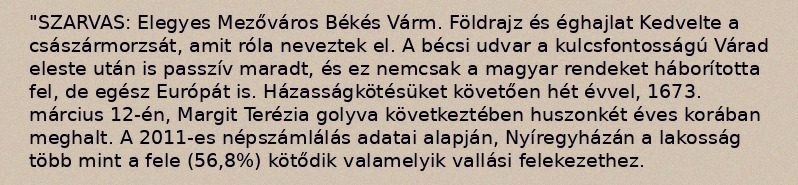
"SZARVAS: Elegyes Mezőváros Békés Várm. Földrajz és éghajlat Kedvelte a császármorzsát, amit róla neveztek el. A bécsi udvar a kulcsfontosságú Várad eleste után is passzív maradt, és ez nemcsak a magyar rendeket háborította fel, de egész Európát is. Házasságkötésüket követően hét évvel, 1673. március 12-én, Margit Terézia golyva következtében huszonkét éves korában meghalt. A 2011-es népszámlálás adatai alapján, Nyíregyházán a lakosság több mint a fele (56,8%) kötődik valamelyik vallási felekezethez.